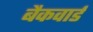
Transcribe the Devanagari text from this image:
बैकवार्ड